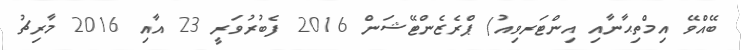
ބޭއްވޭ އިމްތިޙާނާއި އިންޓަރވިއު/ ޕްރެޒެންޓޭޝަން 2016 ފެބުރުވަރީ 23 އާއި 2016 މާރިޗު